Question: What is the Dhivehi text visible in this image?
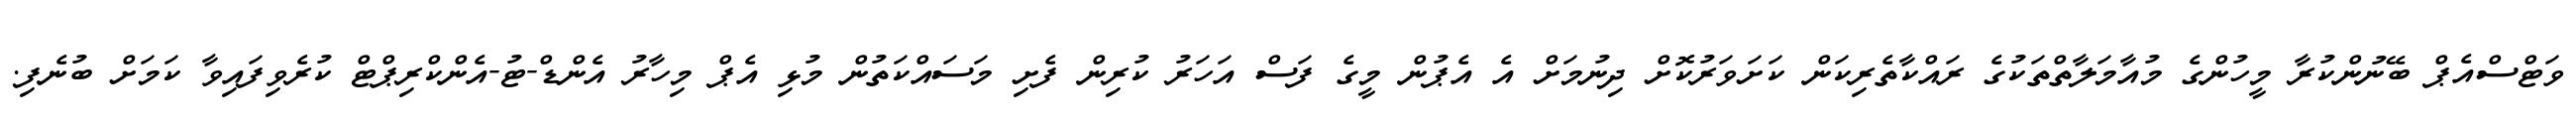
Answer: ވަޓްސްއެޕް ބޭނުންކުރާ މީހުންގެ މުއާމަލާތްތަކުގެ ރައްކާތެރިކަން ކަށަވަރުކޮށް ދިނުމަށް އެ އެޕުން މީގެ ފަސް އަހަރު ކުރިން ފެށި މަސައްކަތުން މުޅި އެޕް މިހާރު އެންޑް-ޓު-އެންކްރިޕްޓް ކުރެވިފައިވާ ކަމަށް ބުނެފި.